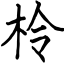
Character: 柃